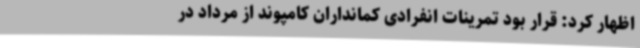
اظهار کرد: قرار بود تمرینات انفرادی کمانداران کامپوند از مرداد در